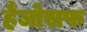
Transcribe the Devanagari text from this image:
हैंजोसफ